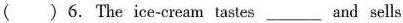
( )6.The ice-cream tastes ___ and sells ___.